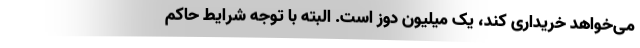
می‌خواهد خریداری کند، یک میلیون دوز است. البته با توجه شرایط حاکم